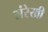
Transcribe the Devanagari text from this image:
संरेखी